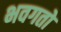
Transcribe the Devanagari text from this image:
भवगतो